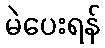
မဲပေးရန်